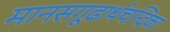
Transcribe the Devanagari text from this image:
मानसगूढार्थचन्द्रिका